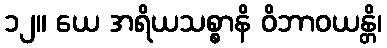
၁၂။ ယေ အရိယသစ္စာနိ ဝိဘာဝယန္တိ၊